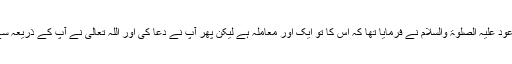
بہرحال حضرت مسیح موعود علیہ الصلوٰۃ والسلام نے فرمایا تھا کہ اس کا تو ایک اور معاملہ ہے لیکن پھر آپؑ نے دعا کی اور اللہ تعالیٰ نے آپؑ کے ذریعہ سے ہی عزت بحال کروائی۔